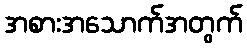
အစားအသောက်အတွက်